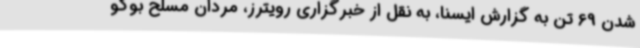
شدن 69 تن به گزارش ایسنا، به نقل از خبرگزاری رویترز، مردان مسلح بوکو